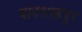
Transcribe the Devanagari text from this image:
बादशाहपूर